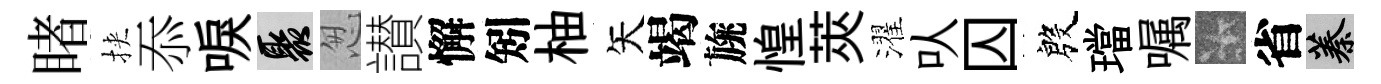
睹挾忝唳聚怱讃懈矧柚矢竭旐惶莢濯㕥囚殷璫嘱卡省蓁